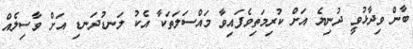
ބާން ވިދާޅުވީ ދުނިޔެ އަށް ކުރިމަތިވެފައިވާ މައްސަލަތަކާ އެކު ލަނޑުދަނޑި އަށް ވާސިލެއް